Eesti_Toorahva_Kommuun, lk 39
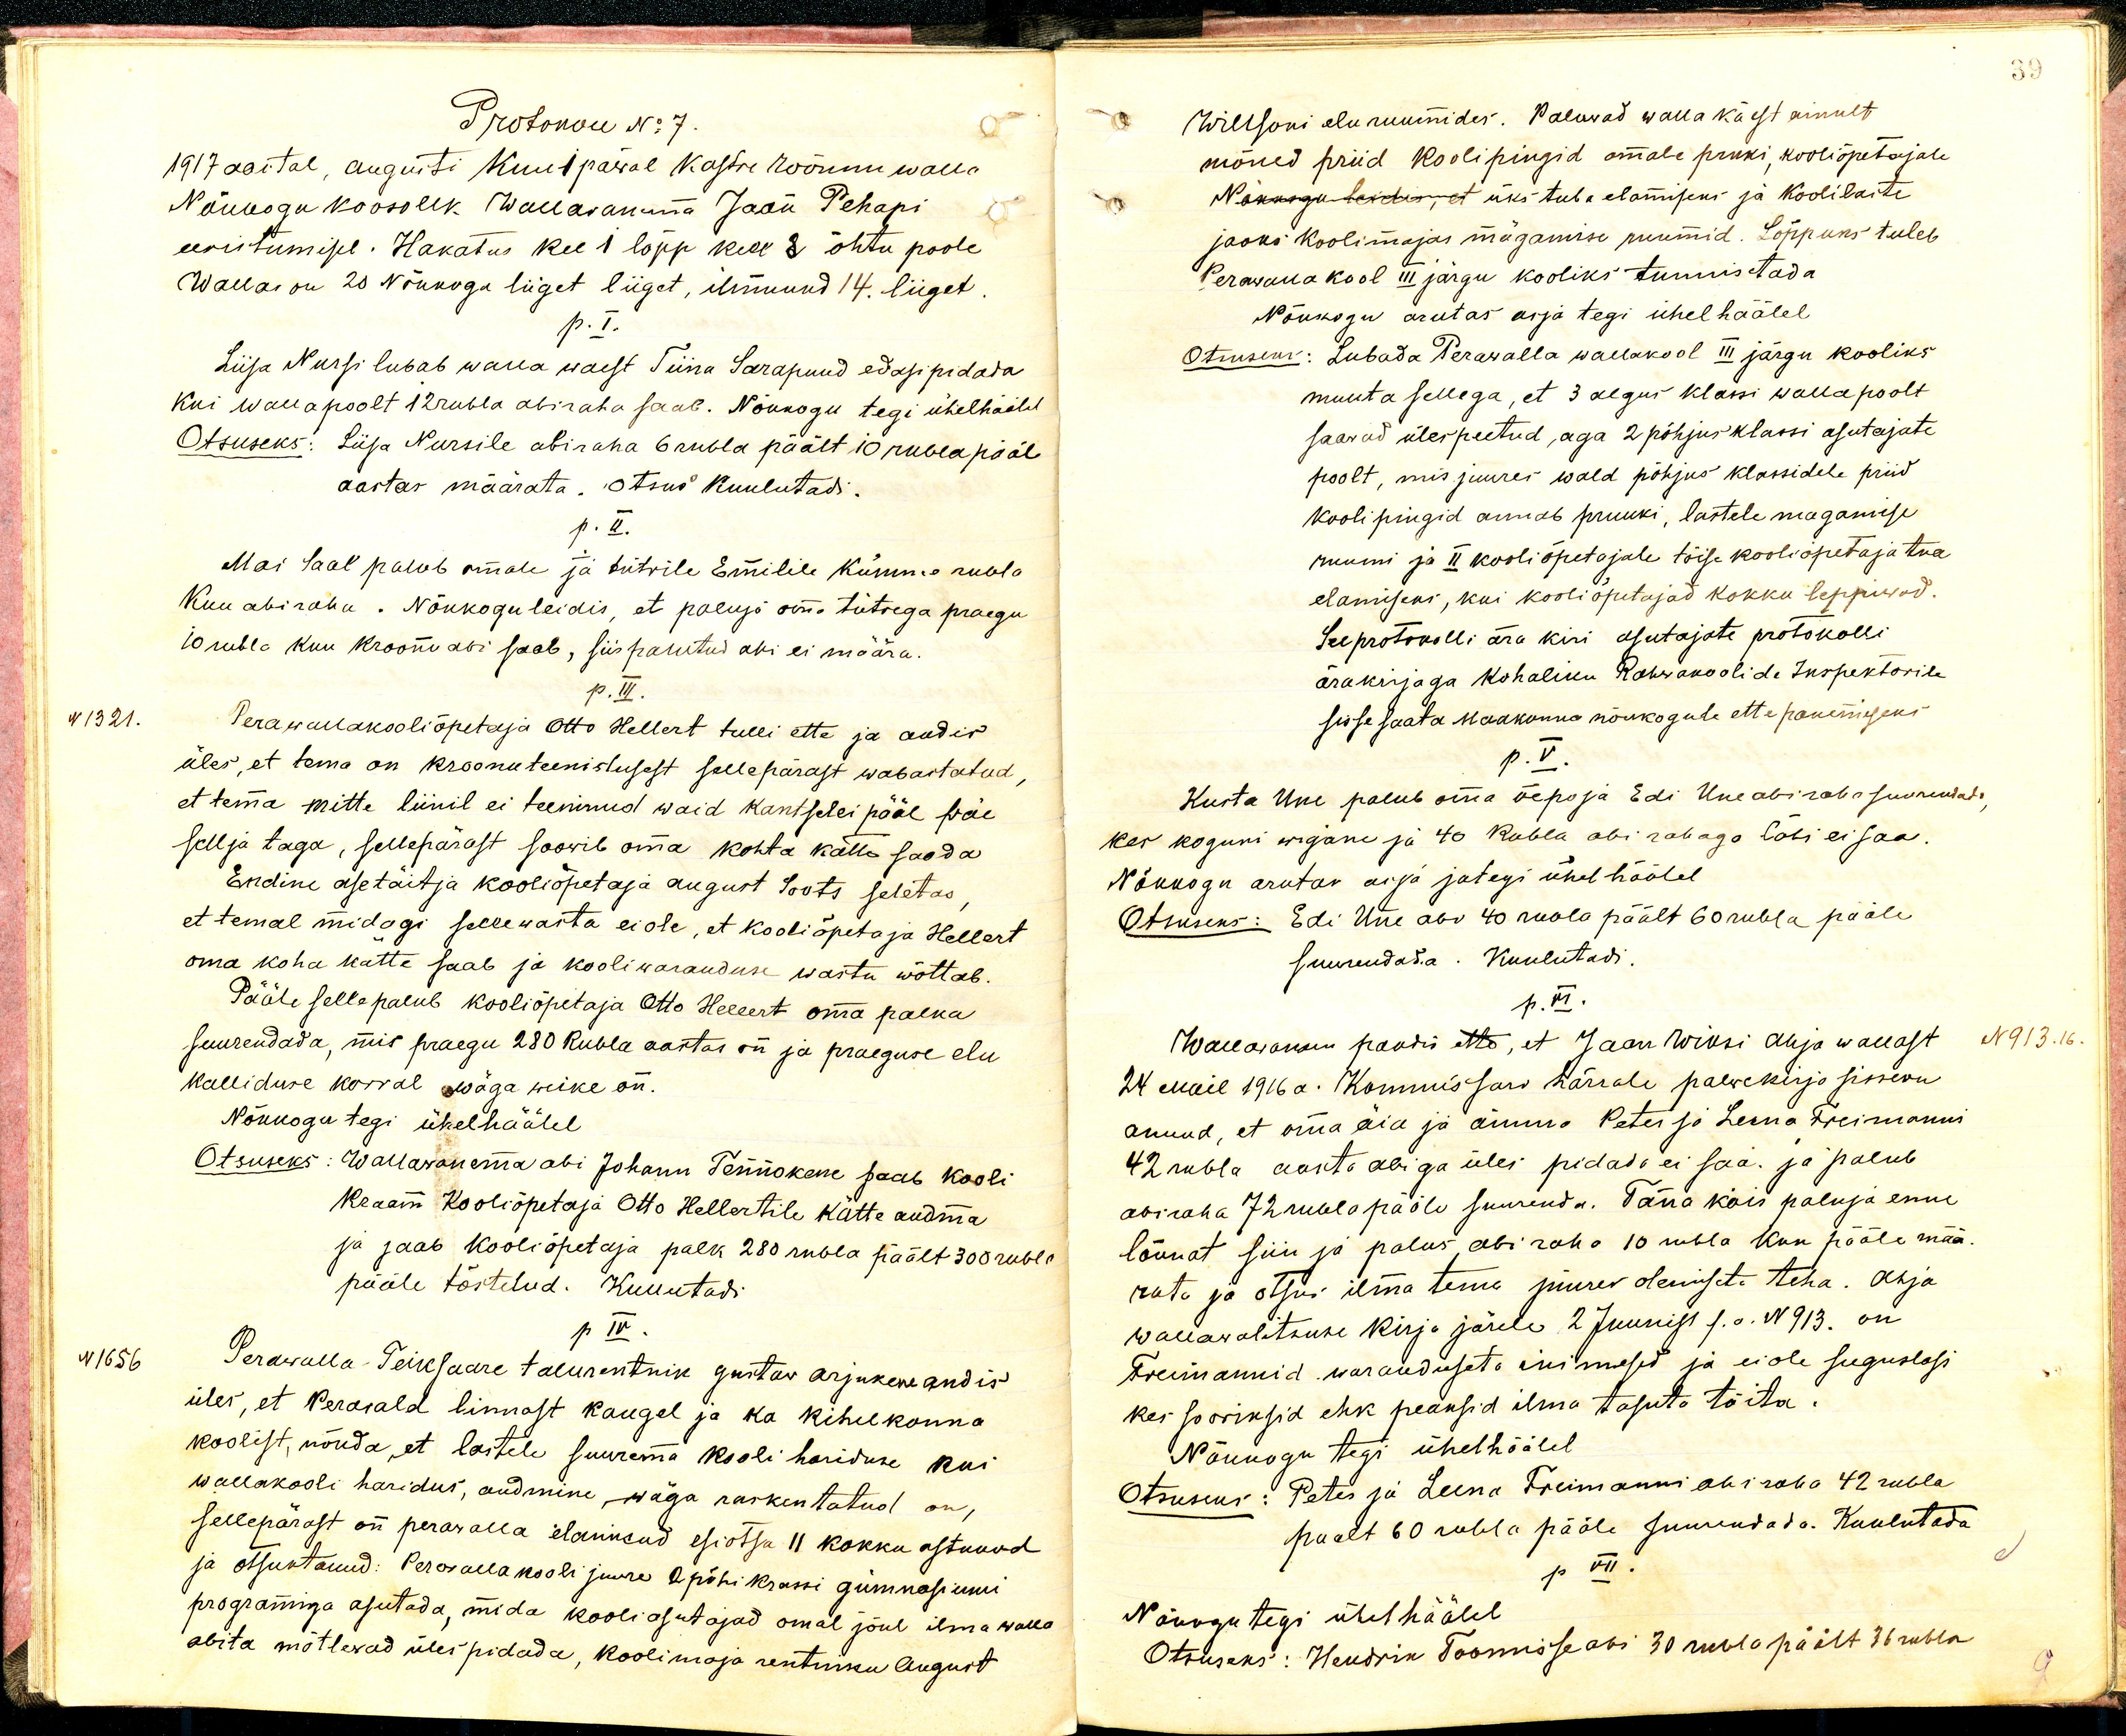
Protokoll No: 7.
1917 aastal, augusti kuu 1 päwal Kastre Wõnnu walla
Nõukogu koosolek. Wallawanema Jaan Pehapi
eesistumisel. Hakatus kel 1 lõpp kell 8 õhtu poole
Wallas on 20 Nõukogu liiget liiget, ilmunud 14. liiget
p. I.
Liisa Nursi lubab walla waest Tiina Sarapuud edasi pidada
Kui walla poolt 12 rubla abiraha saab. Nõukogu tegi ühelhäälel
Otsuseks: Liisa Nursile abiraha 6 rubla päält 10 rubla pääle
aastas määrata. Otsus kuulutadi.
p. II.
Mai Saal palub omale ja tütrile Emilile Kümme rubla
Kuu abiraha. Nõukogu leidis, et paluja oma tütrega praegu
10 rubla kuu kroonu abi saab, siis palutud abi ei määra.
p. III.
N 1321.
Perawallakooliõpetaja Otto Hellert tulli ette ja andis
üles, et tema on kroonu teenistusest sellepärast wabastatud,
et tema mitte liinil ei teeninud waid kantselei pääl wäe
sellja taga, sellepärast soowib oma kohta kätte saada
Endine asetäitja kooliõpetaja August Soots seletas
et temal midagi selle wasta ei ole, et kooliõpetaja Hellert
oma koha kätte saab ja kooliwaranduse wastu wõttab.
Pääle selle palub kooliõpetaja Otto Hellert oma palka
suurendada, mis praegu 280 Rubla aastas on ja praeguse elu
kalliduse korral wäga weike on.
Nõukogu tegi ühel häälel
Otsuseks: Wallawanema abi Johann Tennokene saab kooli
Kraam Kooliõpetaja Otto Hellertile kätte andma
ja saab kooliõpetaja palk 280 rubla päält 300 rubla
pääle tõstetud. Kuuutadi
p. IV.
N 1656
Perawalla-Teiksaare talurentnik Gustaw Arjukene andis
üles, et Perawald linnast kaugel ja ka kihelkonna
koolist, nõnda, et lastele suurema kooli hariduse kui
wallakooli haridus, andmine, wäga raskentatud on,
sellepärast on perawalla elanikud esiotsa 11 kokku astunud
ja otsustanud: Perawalla kooli juure 2 põhi klassi gümnasiumi
programiga asutada, mida kooli asutajad omal jõul ilma walla
abita mõtlewad üles pidada, koolimaja rentniku August

Willsoni eluruumides. Paluwad walla käest ainult
mõned priid Koolipingid omale pruki, kooliõpetajale
Nõukogu leidis, et üks tuba elamiseks ja koolilaste
jaoks koolimajas mägamise ruumid. Lõppuks tuleb
Perawalla kool III järgu kooliks tunnistada
Nõukogu arutas asja tegi ühel häälel
Otsuseks: Lubada Perawalla wallakool III järgu kooliks
muuta sellega, et 3 algus klassi walla poolt
saawad ülespeetud, aga 2 põhjus klassi asutajate
poolt, mis juures wald põhjus klassidele priid
kooli pingid annab pruuki, lastele magamise
ruumi ja II kooli õpetajale töise kooliõpetaja tua
elamiseks, kui kooliõpetajad kokku leppiwad.
See protokolli ära kiri asutajate protokolli
ärakirjaga kohaliku Rahwakoolide Inspektorile
sisse saata maakonna nõukogule ette panemiseks
p.V.
Kusta Uue palub oma õepoja Edi Uue abi raha suurendada,
kes koguni wigane ja 40 Rubla abi rahaga läbi ei saa.
Nõukogu arutas asja ja tegi ühel häälel
Otsuseks: Edi Uue abi 40 rubla päält 60 rubla pääle
suurendada. Kuulutadi
p. VI.
Wallawanem pandi ette, et Jaan Wiksi Ahja wallast
N 913.16
24 mail 1916 a. Kommissari härrale palwekirja sisse on
annud, et oma äia ja ämma: Peter ja Leena Treimanni
42 rubla aasta abiga üles pidada ei saa. ja palub
abiraha 72 rubla pääle suurenda. Täna käis paluja enne
lõunat siin ja palus abi raha 10 rubla kuu pääle mää-
rata ja otsus ilma tema juures olemiseta teha. Ahja
wallawalitsuse kirja järele 2 Juunist s.a. N 913. on
Treimannid waranduseta inimesed ja ei ole suguslasi
kes sooviksid ehk peaksid ilma tasuta tõita.
Nõukogu tegi ühel häälel
Otsuseks: Peter ja Leena Treimanni abi raha 42 rubla
paalt 60 rubla pääle suurendada. Kuulutada
p VII
Nõukogu tegi ühel häälel
Otsuseks: Hendrik Toomisse abi 30 rubla päält 36 rubla